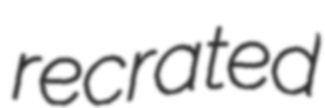
recrated